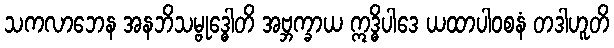
သကလာဘေန အနဘိသမ္ဗုဒ္ဓေါတိ အဗ္ဘက္ခာယ ဣဒ္ဓိပါဒေ ယထာပါဝစနံ တဒါဟူတိ